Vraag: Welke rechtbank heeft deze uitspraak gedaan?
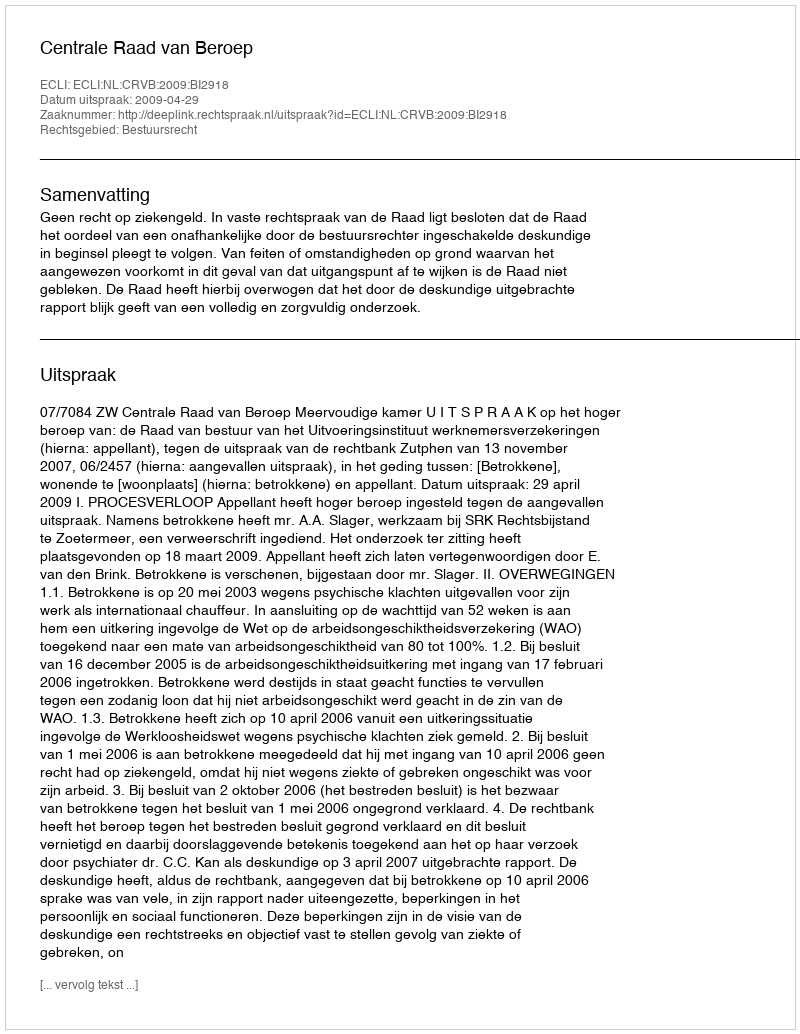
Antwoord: Centrale Raad van Beroep